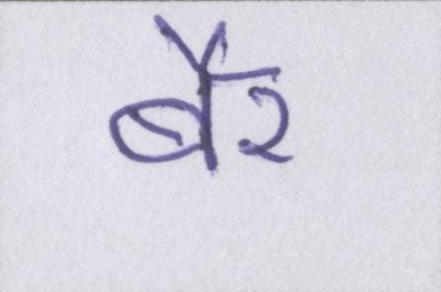
बैर